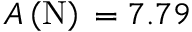
A \left( \mathrm { N } \right) { } = 7 . 7 9